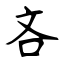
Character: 吝